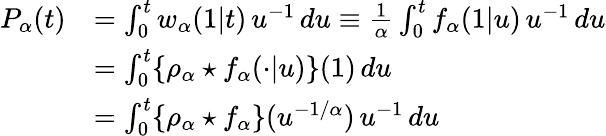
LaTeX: \begin{array}{rl}{P_{\alpha}(t)}&{=\int_{0}^{t}w_{\alpha}(1\vert t)\, u^{-1}\, du\equiv\frac{1}{\alpha}\int_{0}^{t}f_{\alpha}(1\vert u)\, u^{-1}\, du}\\ &{=\int_{0}^{t}\{ \rho_{\alpha}\star f_{\alpha}(\cdot\vert u)\} (1)\, du}\\ &{=\int_{0}^{t}\{ \rho_{\alpha}\star f_{\alpha}\} (u^{-1/\alpha})\, u^{-1}\, du}\end{array}